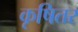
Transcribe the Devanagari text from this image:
कृषितर